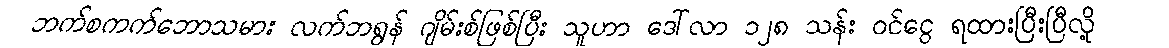
ဘက်စကက်ဘောသမား လက်ဘရွန် ဂျိမ်းစ်ဖြစ်ပြီး သူဟာ ဒေါ်လာ ၁၂၈ သန်း ဝင်ငွေ ရထားပြီးပြီလို့